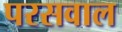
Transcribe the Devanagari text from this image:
परसवाल